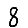
Digit: 8